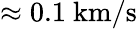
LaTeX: \approx 0.1\ \mathrm{km/s}